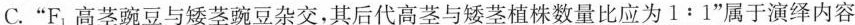
C.”F_{1}高茎豌豆与矮茎豌豆杂交，其后代高茎与矮茎植株数量比应为1:1”属于演绎内容